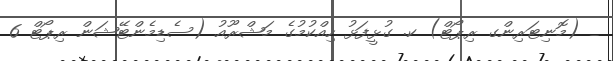
_ (މޮނިޓަރިންގ ރިޕޯޓް) ކ. ގުޅީފަޅު ހިއްކުމުގެ މަޝްރޫއު (ސެޑިމެންޓޭޝަން ރިޕޯޓް 6